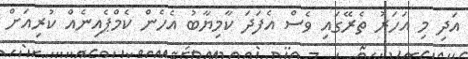
އަދި މި އަހަރު ތެރޭގައި ވެސް އެފަދަ ކާމިޔާބު އެހެން ކެމްޕެއިނެއް ކުރިއަށް